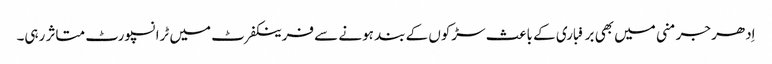
اِدھر جرمنی میں بھی برفباری کے باعث سڑکوں کے بند ہونے سے فرینکفرٹ میں ٹرانسپورٹ متاثر رہی۔